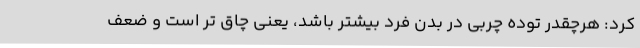
کرد: هرچقدر توده چربی در بدن فرد بیشتر باشد، یعنی چاق تر است و ضعف